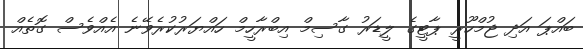
ބައްޕަ އަދި ޖުމްހޫރީ ޕާޓީގެ ލީޑަރު ގާސިމް އިބްރާހީމް ހައްޔަރުކުރެވޭނެ އެއްވެސް ގޮތެއް